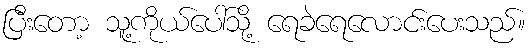
ပြီးတော့ သူ့ကိုယ်ပေါ်သို့ ရေခဲရေလောင်းပေးသည်။